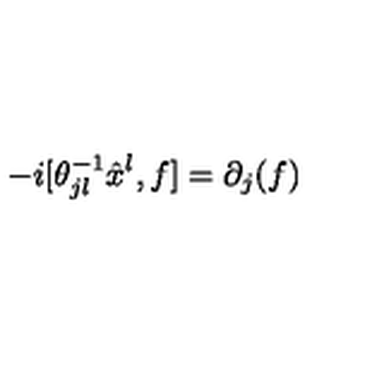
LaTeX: - i [ \theta _ { j l } ^ { - 1 } \hat { x } ^ { l } , f ] = \partial _ { j } ( f )